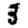
Digit: 3